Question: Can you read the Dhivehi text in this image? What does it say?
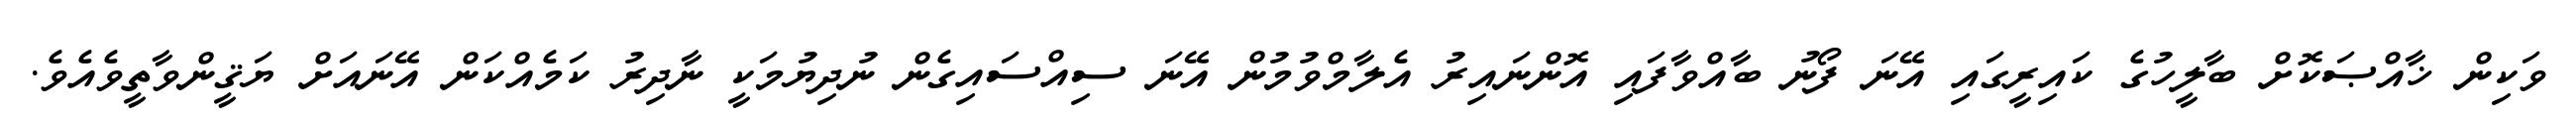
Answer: ވަކިން ޚާއްޞަކޮށް ބާލީހުގެ ކައިރީގައި އޭނަ ފޯނު ބާއްވާފައި އޮންނައިރު އެލާމްވުމުން އޭނަ ސިއްސައިގެން ނުދިޔުމަކީ ނާދިރު ކަމެއްކަން އޭނައަށް ޔަޤީންވާތީވެއެވެ.